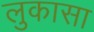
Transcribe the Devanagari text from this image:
लुकासा